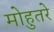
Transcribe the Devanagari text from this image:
मोहुतरे